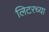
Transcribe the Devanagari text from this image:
लिटरच्या